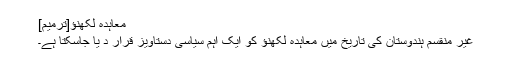
معاہدہ لکھنؤ[ترمیم]
غیر منقسم ہندوستان کی تاریخ میں معاہدہ لکھنؤ کو ایک اہم سیاسی دستاویز قرار د یا جاسکتا ہے۔